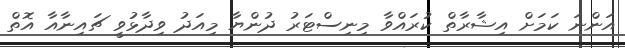
އަންނަ ކަމަށް އިޝާރާތް ކުރައްވާ މިނިސްޓަރު ދުންޔާ މިއަދު ވިދާޅުވީ ޗައިނާއާ އޮތް